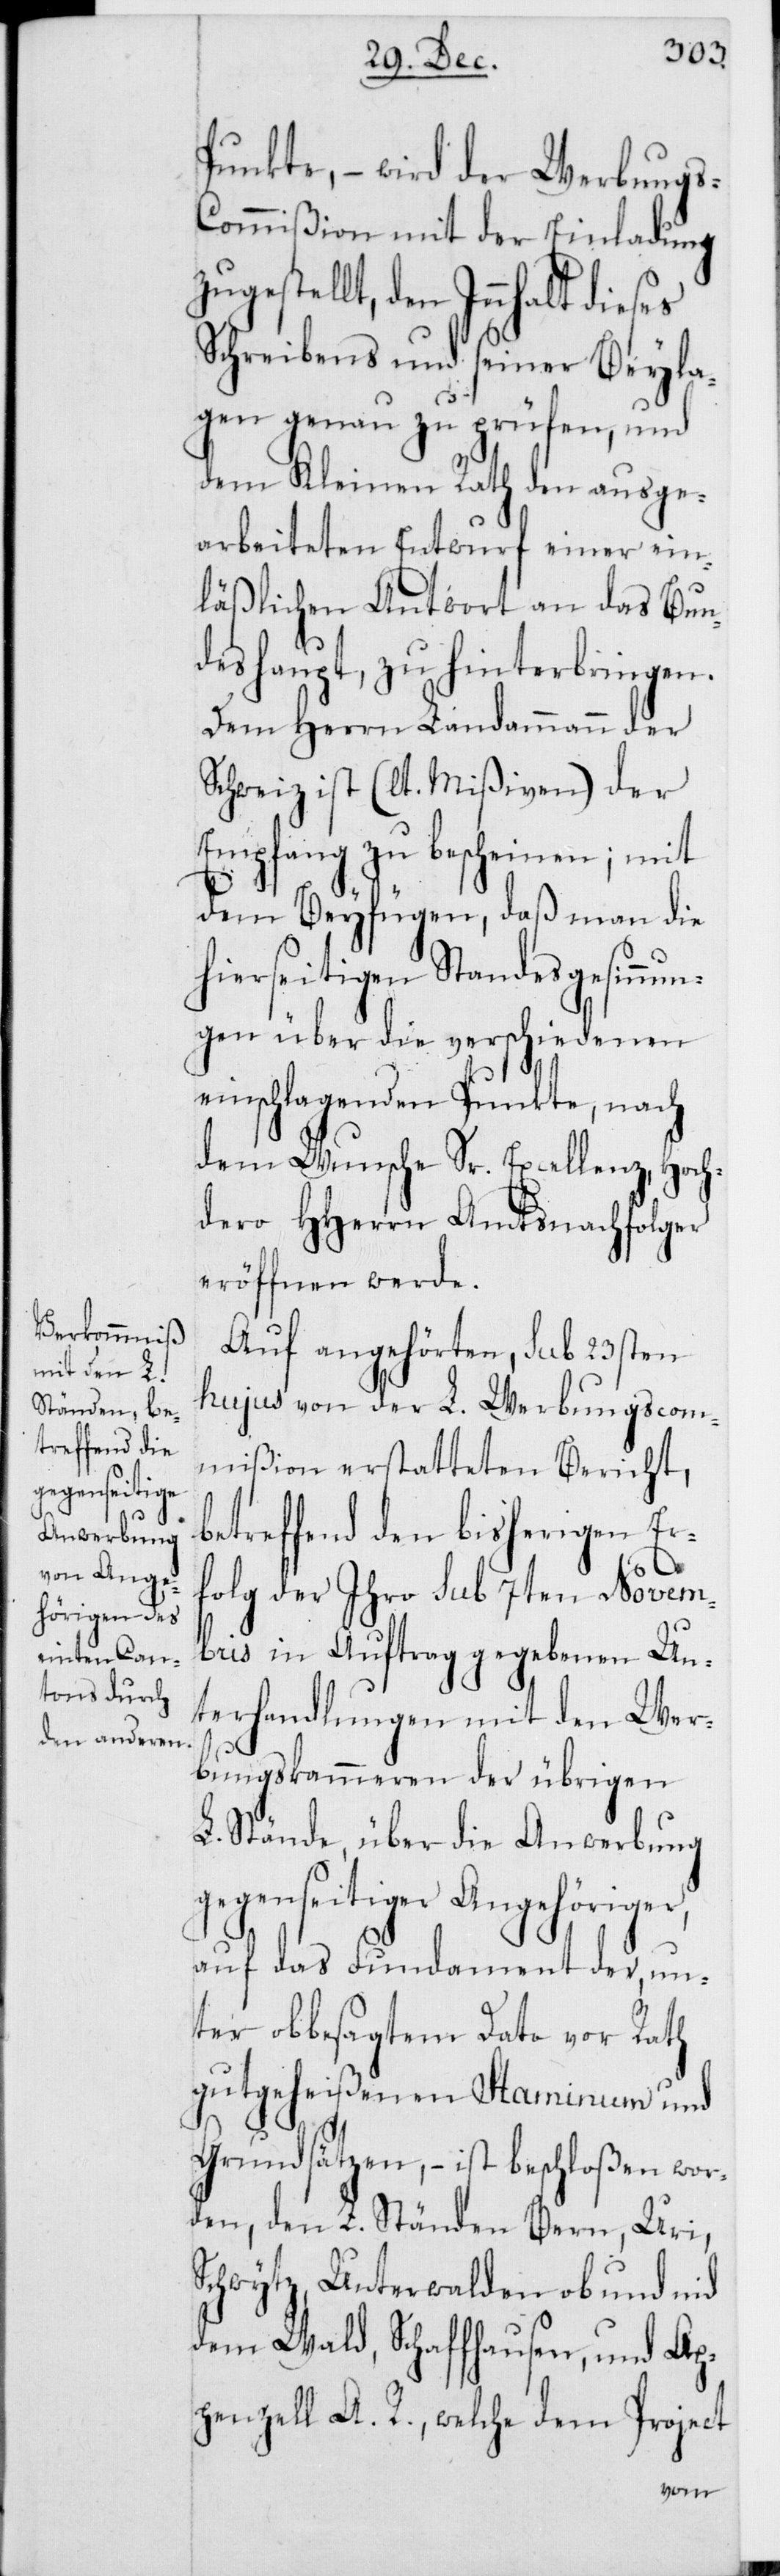
Punkte, – wird der Werbung¬
s-Commißion mit der Einladung
gestellt, den Innhalt dieses
Schreibens und seiner Beyla¬
gen genau zu prüfen, und
dem Kleinen Rath den ausge¬
arbeiteten Entwurf einer ein¬
läßlichen Antwort an das Bun¬
deshaupt zu hinterbringen.
Dem Herrn Landammann der
Schweiz ist (lt. Mißiven) der
Empfang zu bescheinen; mit
dem Beyfügen, daß man die
hierseitigen Standesgesinnu¬
ngen über die verschiedenen
einschlagenden Punkte, nach
dem Wunsche Sr. Excellenz, Hoch¬
dero HHerrn Amtsnachfolger
eröffnen werde.
Auf angehörten, sub 23sten
hujus von der L. Werbungscom¬
mißion erstatteten Bericht,
etreffend den bisherigen Er¬
folg der Ihro sub 7ten Novem¬
bris in Auftrag gegebenen Un¬
terhandlungen mit den Wer¬
bungskammeren der übrigen
L. Stände, über die Anwerbung
gegenseitiger Angehöriger,
auf das Fundament der, un¬
ter obbesagtem Dato vor Rath
gutgeheißenen Staminum und
Grundsätzen, – ist beschloßen wor¬
den, den L. Ständen Bern, Uri,
Schwytz, Unterwalden ob und nid
dem Wald, Schaffhausen, und Ap¬
penzell A. R., welche dem Project
b¬